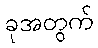
ခုအတွက်